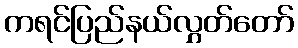
ကရင်ပြည်နယ်လွှတ်တော်